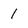
Character: 1